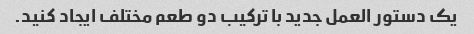
یک دستور العمل جدید با ترکیب دو طعم مختلف ایجاد کنید.